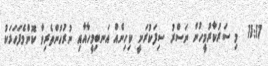
11:17  މި ސަރުކާރުމީހުން ނަސްރު ސިފަކުރަނީ ކިހިނެއް އަނބިމީހާއާއި ނުރުހުންތެރިވާ ކޮންމެފަހަރަކު